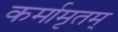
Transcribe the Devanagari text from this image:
कर्मामृतम्